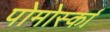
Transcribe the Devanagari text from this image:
पोमोर्स्का